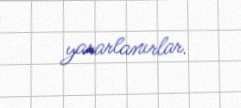
yararlanırlar.